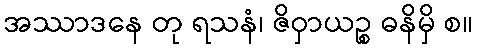
အဿာဒနေ တု ရသနံ၊ ဇိဝှာယဉ္စ ဓနိမှိ စ။